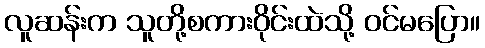
လူဆန်းက သူတို့စကားဝိုင်းထဲသို့ ဝင်မပြော။